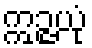
ဣဉ္ဇယုံ